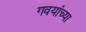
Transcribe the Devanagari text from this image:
गवयांच्या